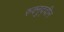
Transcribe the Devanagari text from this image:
रुक्नुद्दीन